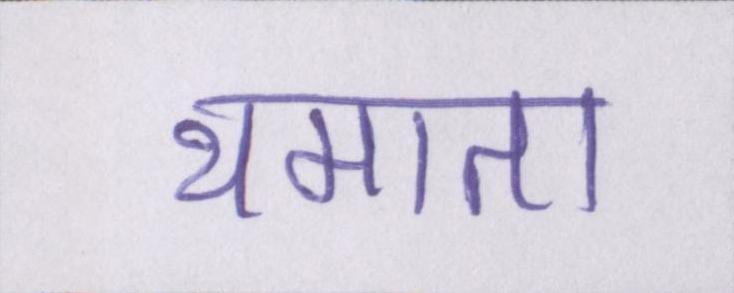
थमाता